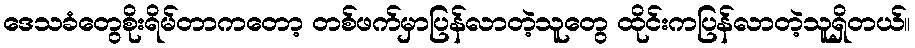
ဒေသခံတွေစိုးရိမ်တာကတော့ တစ်ဖက်မှာပြန်လာတဲ့သူတွေ ထိုင်းကပြန်လာတဲ့သူရှိတယ်။